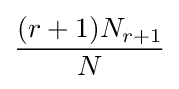
{\frac {(r+1)N_{r+1}}{N}}